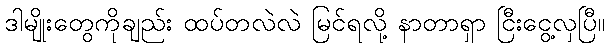
ဒါမျိုးတွေကိုချည်း ထပ်တလဲလဲ မြင်ရလို့ နာတာရှာ ငြီးငွေ့လှပြီ။